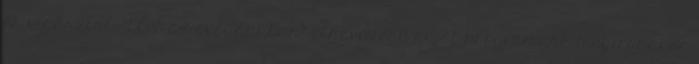
és vígasztal. "Élet az óvodánkban" elnevezésű saját programunk megírásakor